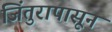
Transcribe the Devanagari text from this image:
जिंतुरापासून